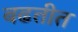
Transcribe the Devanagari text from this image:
बढतीत